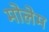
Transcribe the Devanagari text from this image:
मोलेम